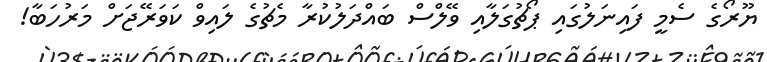
ޔޫރޯގެ ސެމީ ފައިނަލުގައި ޕޯޗުގަލާއި ވޭލްސް ބައްދަލުކުރާ މެޗުގެ ލައިވް ކަވަރޭޖަށް މަރުހަބާ!